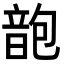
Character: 𩐜